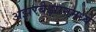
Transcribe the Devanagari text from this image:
अझरबैझानमध्ये